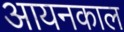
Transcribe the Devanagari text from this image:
आयनकाल